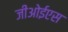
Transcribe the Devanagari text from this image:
जीओईएस